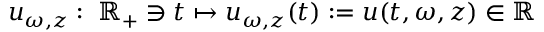
u _ { \omega , z } : \; \mathbb { R } _ { + } \ni t \mapsto u _ { \omega , z } ( t ) : = u ( t , \omega , z ) \in \mathbb { R }